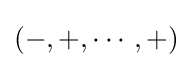
(-,+,\cdots ,+)